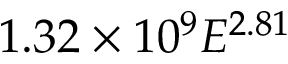
1 . 3 2 \times 1 0 ^ { 9 } E ^ { 2 . 8 1 }